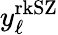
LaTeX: y_{\ell}^{\mathrm{rkSZ}}